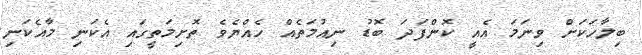
ބިލާހަކަށް ވިނަމަ އެއީ ކޮންފަދަ ބޮޑު ނިއުމަތެއް ހެއްޔެވެ ތޮށިމަތީގައި އެކަނި މާއެކަނި